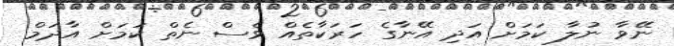
ނޭވާ ނުލާ ކަމަށް އަދި އޭނާގެ ހަރަކާތެއް ވެސް ނެތް ކަމަށް އާދަމް